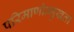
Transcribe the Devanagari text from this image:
परिमाणोन्मुखता